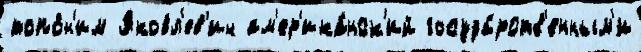
топо́н'им Яковл'ев'ич ам'ер'ика́нск'ий госуда́рств'енным'и